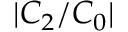
| C _ { 2 } / C _ { 0 } |